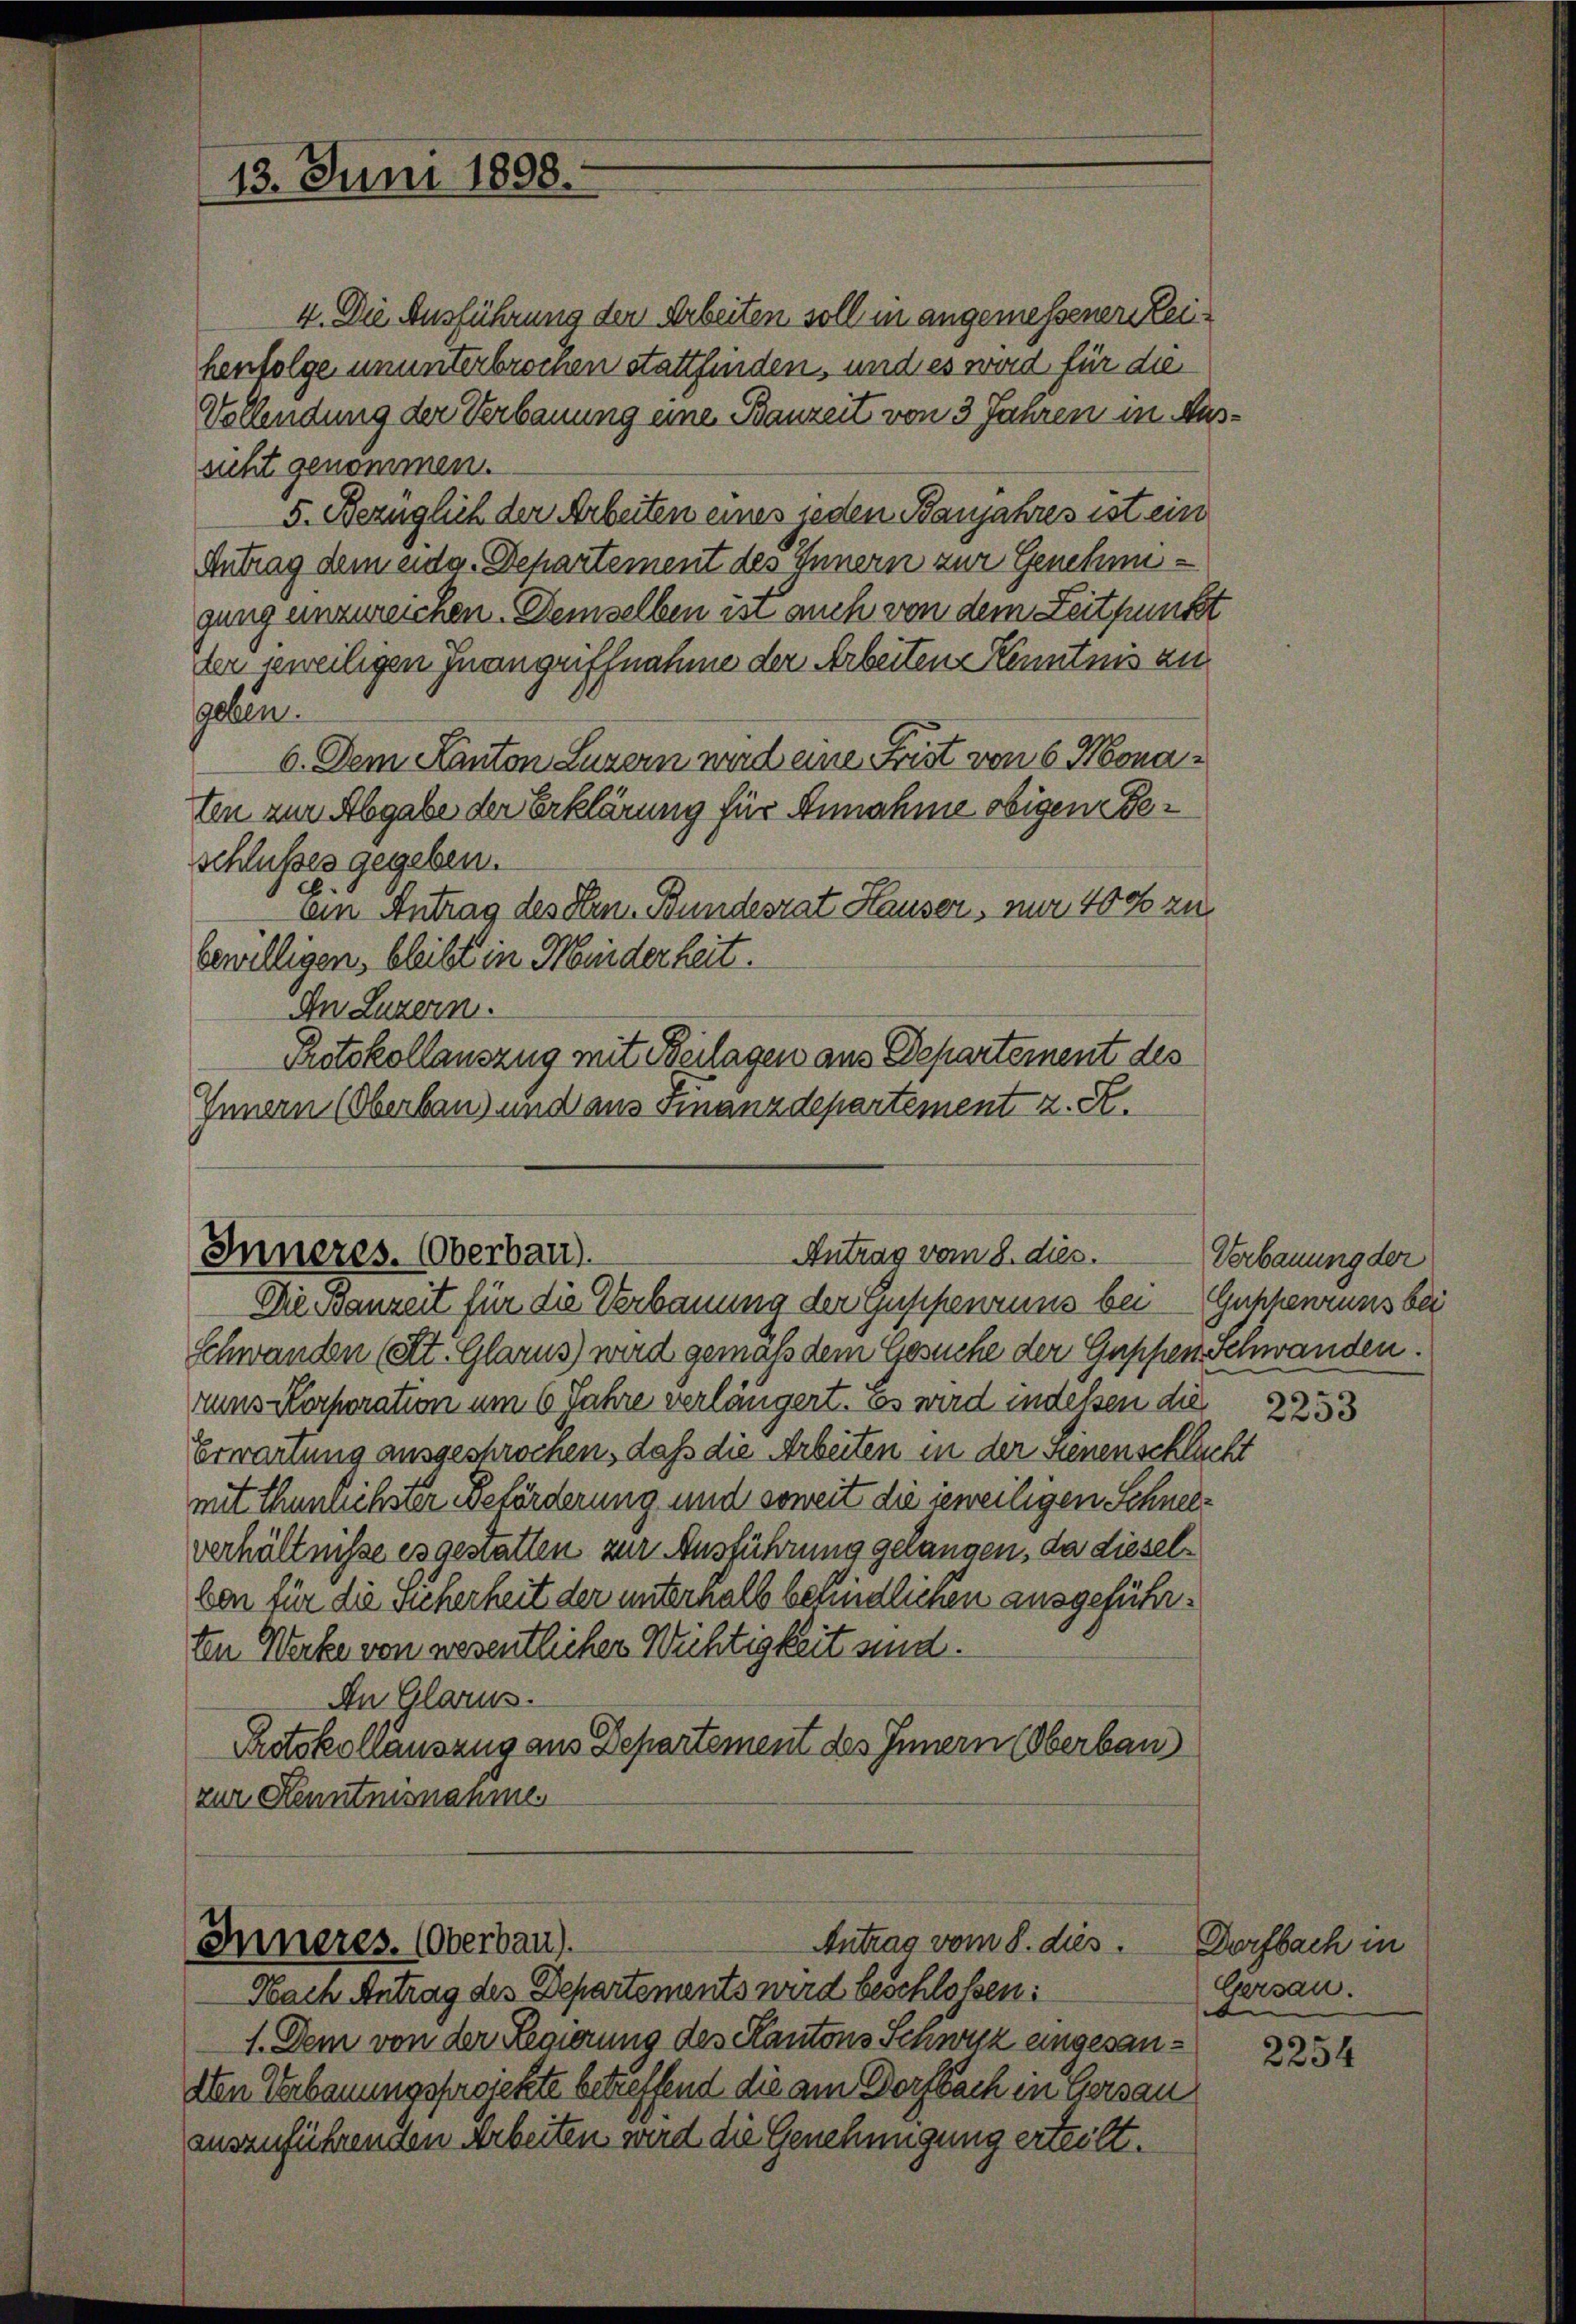
13. Juni 1898.

4. Die Ausführung der Arbeiten soll in angemessenen Leihenfolge ununterbrochen stattfinden, und es wird für die
Vollendung der Verbauung eine Bauzeit von 3 Jahren in Aussicht genommen.
5. Bezüglich der Arbeiten eines jeden Banjahres ist ein
Antrag dem eidg. Departement des Innern zur Genehmigung unzureichen. Demselben ist auch von dem Zeitpunkt
der jeweiligen Inangriffnahme der Arbeiten Kenntnis zu
geben.
6. Dem Kanton Luzern und eine Frist von 6 Monaten zur Abgabe der Erklärung für Annahme obigen Beschlusses gegeben.
.
ain Antrag des Hrn. Bundesrat Hauser, nur 400 zu
bewilligen, bleibt in Minderheit.
In Luzern.
Protokollauszug mit Beilagen aus Departement des
Innern (Oberbaus und aus Finanzdepartement z. S.

Antrag vom 8. dies
Inneres. (Oberbau).

Dessanzeit für die Verbauung der Geschenzung bei Guthenruns bei
Schwanden (St. Glarus) wird gemäß dem Gesuche der Guppen Schwanden.
runs Korporation um 6 Jahre verlängert. Es wird indessen die
Erwartung ausgeschrochen, daß die Arbeiten in der Sienenschluch
mit thunlichster Beförderung und soweit die jeweiligen Schneiverhältnisse es gestatten zur Ausführung gelangen, da dieselben für die Sicherheit der unterhalb befindlichen ausgeführten Werke von wesentlicher Wichtigkeit sind.
An Glarus.
Protokollauszug aus Departement des Innern (Oberbau
zur Kenntnisnahme.

Antrag vom 8. dies
Inneres. (Oberbau).

Nach Antrag des Departements wird beschloßen:
1. Dem von der Regierung des Kantons Schwyz angesandten Verbauungsprojekte betreffend die am Dorfbach in Gersau
auszuführenden Arbeiten wird die Genehmigung erteilt.

Verbauung der
2253

A

Dorfbach in
Gersau.
d

2254